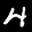
Label: 4